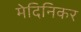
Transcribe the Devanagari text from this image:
मेदिनिकर